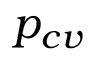
p _ { c v }